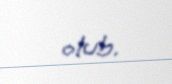
olub.